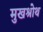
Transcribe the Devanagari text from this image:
मुखश्रोथ